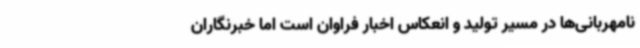
نامهربانی‌ها در مسیر تولید و انعکاس اخبار فراوان است اما خبرنگاران